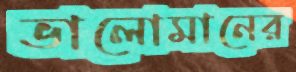
ভালোমানের